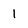
Character: 1